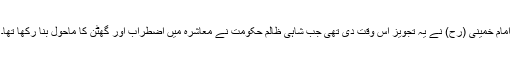
امام خمینی (رح) نے یہ تجویز اس وقت دی تھی جب شاہی ظالم حکومت نے معاشرہ میں اضطراب اور گھٹن کا ماحول بنا رکھا تھا۔